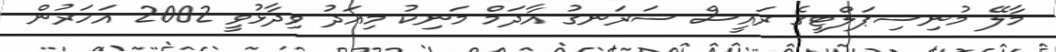
މާލޭ މުނިސިޕަލްޓީގެ ރައީސް ސަރަނގު އާދަމް މަނިކު މިއަދު ވިދާޅުވީ 2002 އަހަރުން